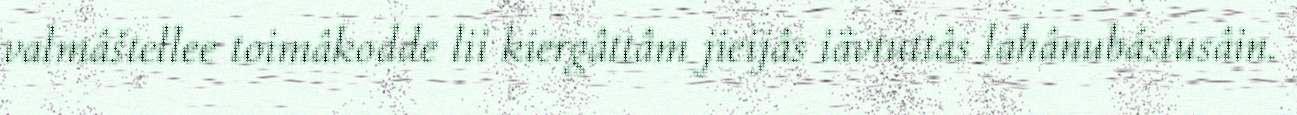
valmâštellee toimâkodde lii kiergâttâm jieijâs iävtuttâs lahânubástusâin.